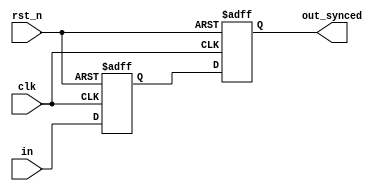
module sync
#(
    parameter WIDTH = 4
)
(
    input clk,
    input wire rst_n,
    input wire [WIDTH-1:0] in,

    output wire [WIDTH-1:0] out_synced
);

reg [WIDTH-1:0] stg_1, stg_2;

always @(posedge clk, negedge rst_n) begin
    if (!rst_n) begin
        stg_1 <= 'b0;
        stg_2 <= 'b0;
    end
    else begin
        stg_1 <= in;
        stg_2 <= stg_1;
    end
end

assign out_synced = stg_2;

endmodule